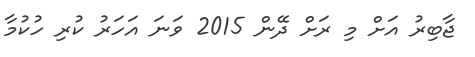
ޖާބިރު އަށް މި ރަށް ދޭން 2015 ވަނަ އަހަރު ކުރި ހުކުމާ